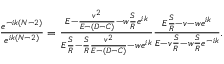
\begin{array} { r } { \frac { e ^ { - i k ( N - 2 ) } } { e ^ { i k ( N - 2 ) } } = \frac { E - \frac { v ^ { 2 } } { E - ( D - C ) } - w \frac { S } { R } e ^ { i k } } { E \frac { S } { R } - \frac { S } { R } \frac { v ^ { 2 } } { E - ( D - C ) } - w e ^ { i k } } \frac { E \frac { S } { R } - v - w e ^ { i k } } { E - v \frac { S } { R } - w \frac { S } { R } e ^ { - i k } } . } \end{array}